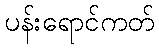
ပန်းရောင်ကတ်